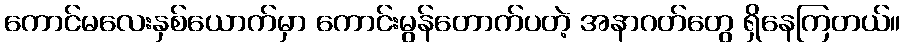
ကောင်မလေးနှစ်ယောက်မှာ ကောင်းမွန်တောက်ပတဲ့ အနာဂတ်တွေ ရှိနေကြတယ်။